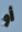
أو